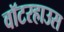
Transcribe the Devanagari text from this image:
वॉटरहाउस